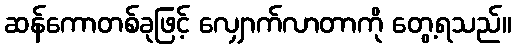
ဆန်ကောတစ်ခုဖြင့် လျှောက်လာတာကို တွေ့ရသည်။